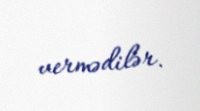
vermədilər.